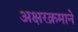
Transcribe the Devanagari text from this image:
अक्षरक्रमाने